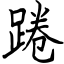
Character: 踡